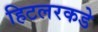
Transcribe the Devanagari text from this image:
हिटलरकडे